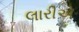
લારીએ